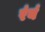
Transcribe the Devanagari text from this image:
रंयं